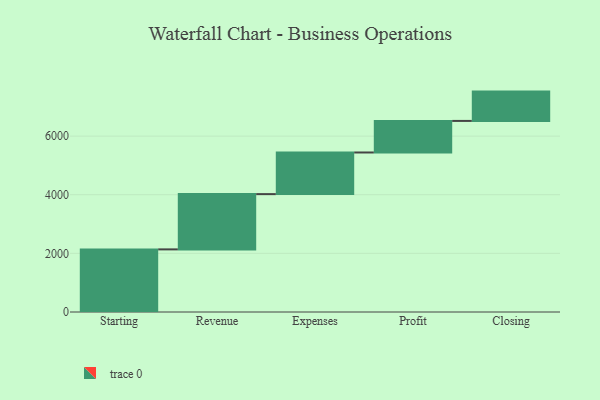
{"axis": {"x": "Step", "y": "Value"}, "legend": [""], "data": [{"x": "Starting", "y": 2136.0, "type": ""}, {"x": "Revenue", "y": 1885.0, "type": ""}, {"x": "Expenses", "y": 1420.0, "type": ""}, {"x": "Profit", "y": 1077.0, "type": ""}, {"x": "Closing", "y": 1000, "type": ""}]}